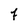
Character: 7